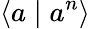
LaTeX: \langle a\mid a^{n}\rangle